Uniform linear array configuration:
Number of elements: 12
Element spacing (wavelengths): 0.5
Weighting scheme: hann
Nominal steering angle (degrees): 0
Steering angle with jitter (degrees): -1.619
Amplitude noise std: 0.05
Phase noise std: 0.05

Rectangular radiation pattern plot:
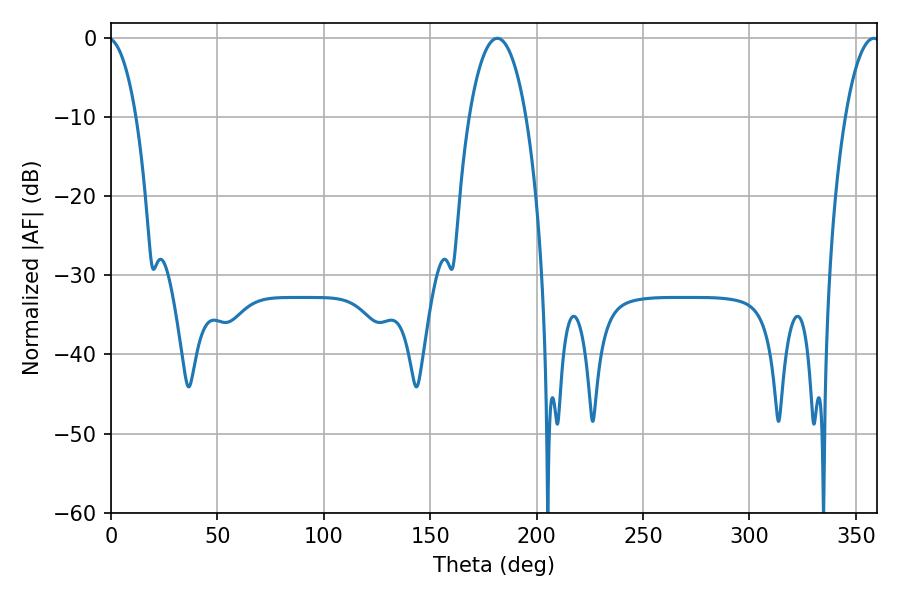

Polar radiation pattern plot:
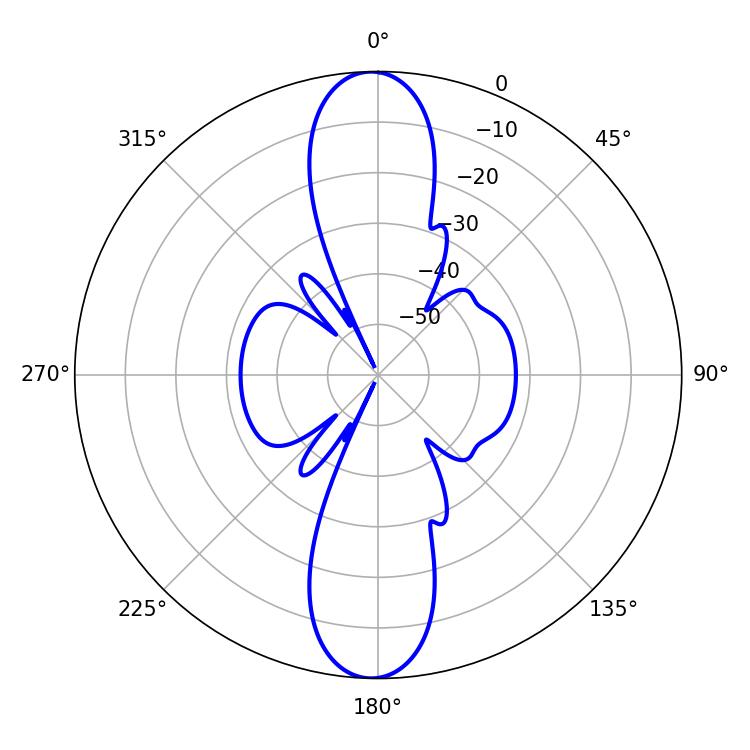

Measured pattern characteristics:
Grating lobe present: FALSE
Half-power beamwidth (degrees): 14.94
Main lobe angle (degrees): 181.44